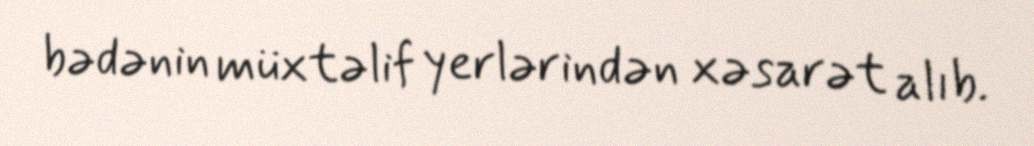
bədənin müxtəlif yerlərindən xəsarət alıb.